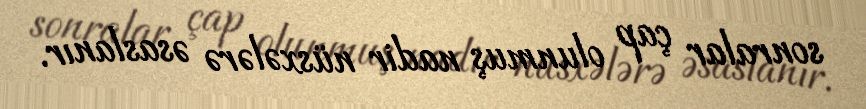
sonralar çap olunmuş nadir nüsxələrə əsaslanır.